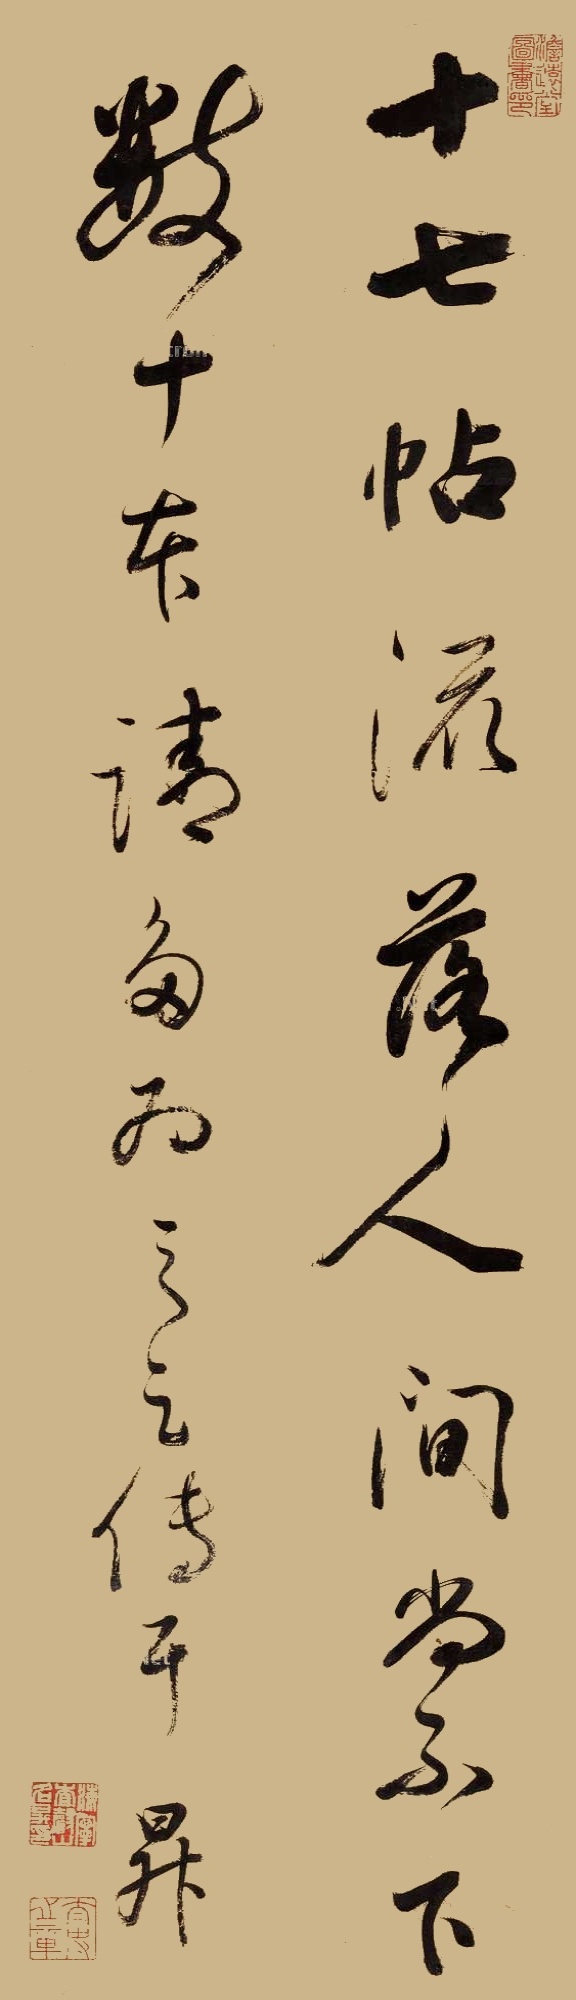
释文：《十七帖》流落人间，尚不下数十本，请多为之足传耳。升。